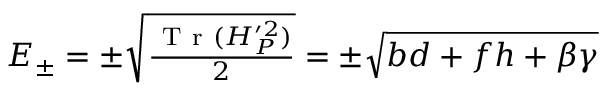
\begin{array} { r } { E _ { \pm } = \pm \sqrt { \frac { \mathrm { ~ T ~ r ~ } ( H _ { P } ^ { \prime 2 } ) } { 2 } } = \pm \sqrt { b d + f h + \beta \gamma } } \end{array}